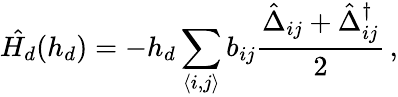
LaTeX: \hat{H_{d}}(h_{d})=-h_{d}\sum_{\langle i,j\rangle}b_{ij}\frac{\hat{\Delta}_{ij}+\hat{\Delta}_{ij}^{\dagger}}{2}\, ,